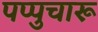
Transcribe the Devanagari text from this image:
पप्पुचारू